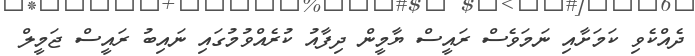
ދެއްކެވި ކަމަށާއި ނަމަވެސް ރައީސް ޔާމީން ދިފާއު ކުރެއްވުމުގައި ނައިބު ރައީސް ޖަމީލް